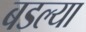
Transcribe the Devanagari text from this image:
बडल्या